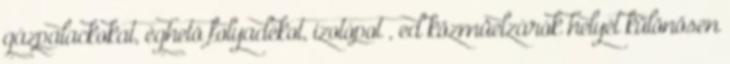
gázpalackokat, éghetõ folyadékot, izotópot , ed közmûelzárók helyét különösen